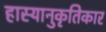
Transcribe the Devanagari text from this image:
हास्यानुकृतिकार